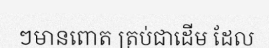
ៗមានពោត ត្រប់ជាដើម ដែល